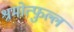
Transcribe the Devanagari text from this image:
श्रमोत्फुल्ल